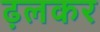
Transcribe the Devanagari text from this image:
ढ़लकर